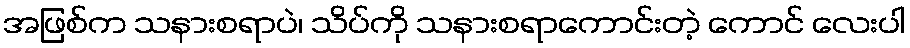
အဖြစ်က သနားစရာပဲ၊ သိပ်ကို သနားစရာကောင်းတဲ့ ကောင် လေးပါ